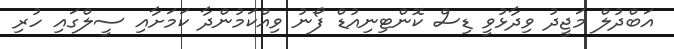
އަބްދުލް މަޖީދު ވިދާޅުވީ ޑިސް ކޮންޓިނިއުޑް ފޯނު ވިއްކަމުންދާ ކަމަށާއި ސީލްގައި ހުރި